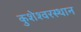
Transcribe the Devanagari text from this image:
कुशेश्वरस्थान